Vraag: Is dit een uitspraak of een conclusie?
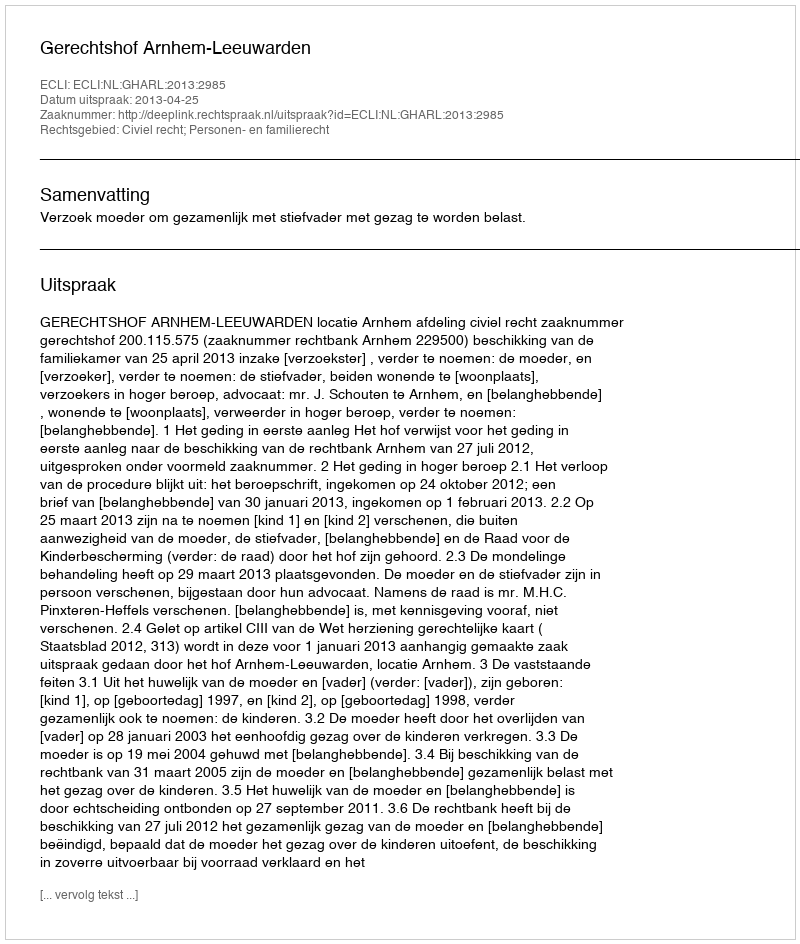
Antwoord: Uitspraak